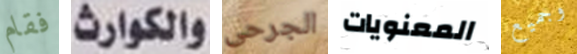
فقام والكوارث الجرحى المعنويات وجميع